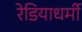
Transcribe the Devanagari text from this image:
रेडियाधर्मी